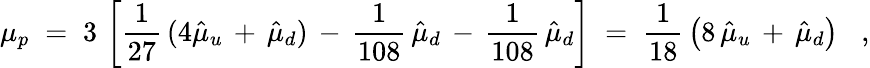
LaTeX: \mu_{p}\; =\; 3\, \left[\frac{1}{27}\, (4\hat{\mu}_{u}\, +\, \hat{\mu}_{d})\, -\, \frac{1}{108}\, \hat{\mu}_{d}\, -\, \frac{1}{108}\, \hat{\mu}_{d}\right]\; =\; \frac{1}{18}\, \left(8\, \hat{\mu}_{u}\, +\, \hat{\mu}_{d}\right)\; \; \; ,